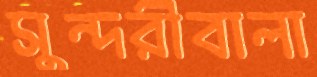
সুন্দরীবালা